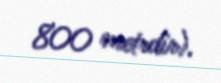
800 metrdir).